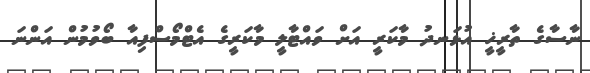
ނާސާގެ ތާރީޚީ އުޅަނދު މާކަރީ އަށް ވައްޓާާލީ މާކަރީގެ އެޓްމޯސްފިއާ ބޯވުމުން އަންނަ